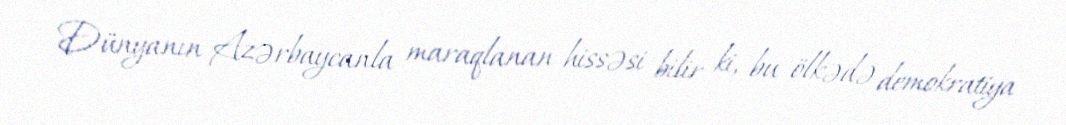
Dünyanın Azərbaycanla maraqlanan hissəsi bilir ki, bu ölkədə demokratiya